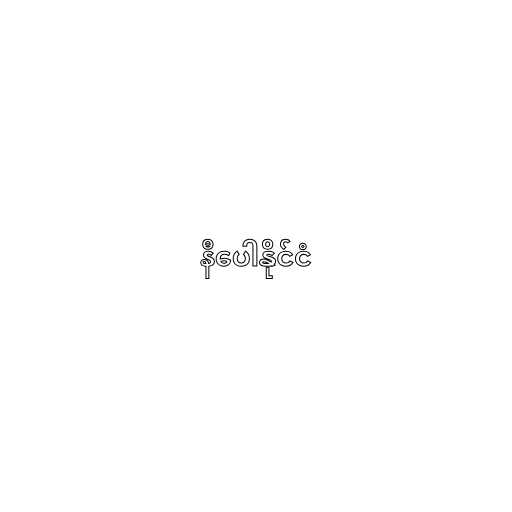
နီပေါနိုင်ငံ